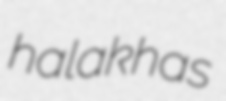
halakhas